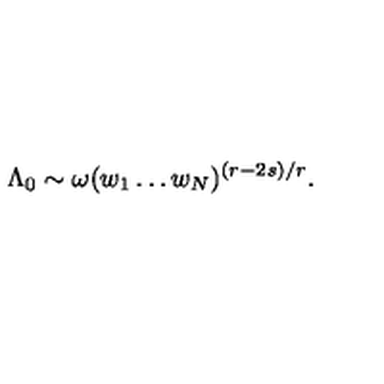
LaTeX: \Lambda _ { 0 } \sim \omega ( w _ { 1 } \ldots w _ { N } ) ^ { ( r - 2 s ) / r } .